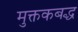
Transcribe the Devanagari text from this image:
मुक्तकबद्ध